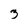
Character: 3